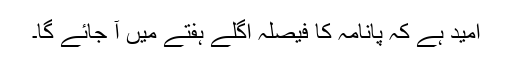
اُمید ہے کہ پانامہ کا فیصلہ اگلے ہفتے میں آ جائے گا۔